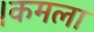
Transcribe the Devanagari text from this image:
।कमला